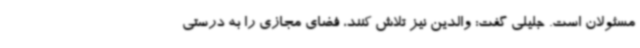
مسئولان است. جلیلی گفت: والدین نیز تلاش کنند، فضای مجازی را به درستی